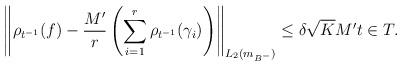
LaTeX: \begin{align*}\left\| \rho_{t^{-1}}(f) - \frac{M'}{r}\left(\sum_{i=1}^r{\rho_{t^{-1}}(\gamma_i) }\right)\right\|_{L_2(m_{B^-})} \leq \delta \sqrt{K}M' t \in T.\end{align*}